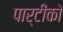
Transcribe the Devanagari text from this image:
पार्टीको